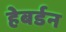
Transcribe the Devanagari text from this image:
हेबर्डन